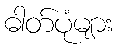
ဓါတ်ပုံများ